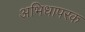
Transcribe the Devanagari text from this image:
अभिधापरक